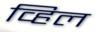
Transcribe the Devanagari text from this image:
व्हिल